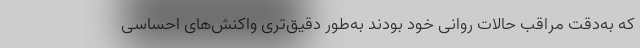
که به‌دقت مراقب حالات روانی خود بودند به‌طور دقیق‌تری واکنش‌های احساسی